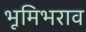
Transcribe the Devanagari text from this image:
भूमिभराव